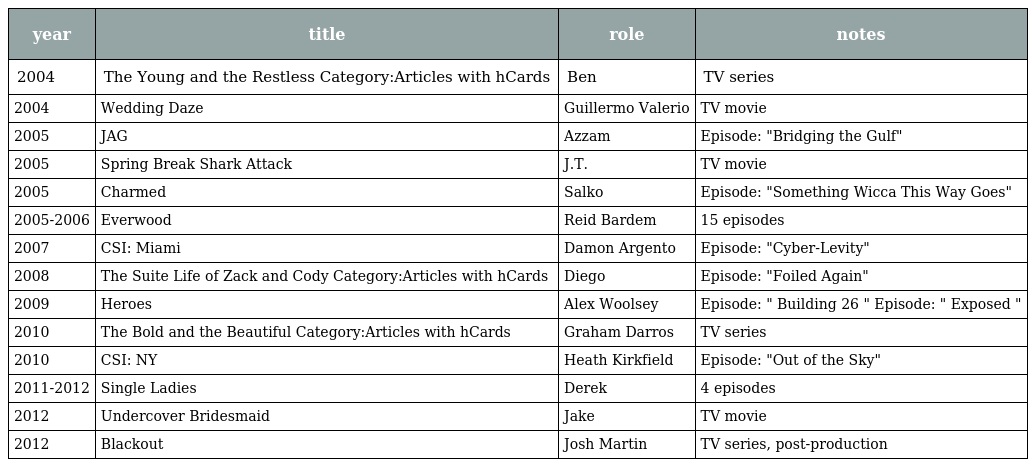
| year | title | role | notes |
 | --- | --- | --- | --- |
 | 2004 | The Young and the Restless Category:Articles with hCards | Ben | TV series |
 | 2004 | Wedding Daze | Guillermo Valerio | TV movie |
 | 2005 | JAG | Azzam | Episode: "Bridging the Gulf" |
 | 2005 | Spring Break Shark Attack | J.T. | TV movie |
 | 2005 | Charmed | Salko | Episode: "Something Wicca This Way Goes" |
 | 2005-2006 | Everwood | Reid Bardem | 15 episodes |
 | 2007 | CSI: Miami | Damon Argento | Episode: "Cyber-Levity" |
 | 2008 | The Suite Life of Zack and Cody Category:Articles with hCards | Diego | Episode: "Foiled Again" |
 | 2009 | Heroes | Alex Woolsey | Episode: " Building 26 " Episode: " Exposed " |
 | 2010 | The Bold and the Beautiful Category:Articles with hCards | Graham Darros | TV series |
 | 2010 | CSI: NY | Heath Kirkfield | Episode: "Out of the Sky" |
 | 2011-2012 | Single Ladies | Derek | 4 episodes |
 | 2012 | Undercover Bridesmaid | Jake | TV movie |
 | 2012 | Blackout | Josh Martin | TV series, post-production |